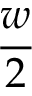
\frac w 2